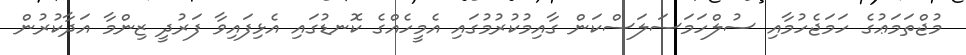
މުޖްތަމަޢުގެ ހަމަޖެހުމާއި ސުލްހަމަސަލަސްކަން ގާއިމުކުރުމުގައި އެމީހެއްގެ ކޮނޑުގައި އެޅިފައިވާ ފަރުދީ ޒިންމާ އަދާކުރުން